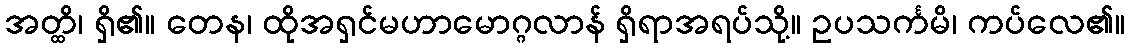
အတ္ထိ၊ ရှိ၏။ တေန၊ ထိုအရှင်မဟာမောဂ္ဂလာန် ရှိရာအရပ်သို့။ ဥပသင်္ကမိ၊ ကပ်လေ၏။